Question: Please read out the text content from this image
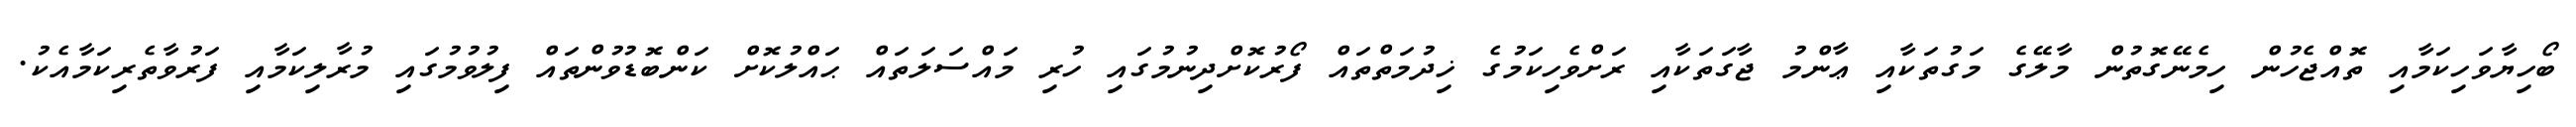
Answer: ބޯހިޔާވަހިކަމާއި ތޮއްޖެހުން ހިމެނޭގޮތުން މާލޭގެ މަގުތަކާއި ޢާންމު ޖާގަތަކާއި ރަށްވެހިކަމުގެ ޚިދުމަތްތައް ފޯރުކޮށްދިނުމުގައި ހުރި މައްސަލަތައް ޙައްލުކޮށް ކަންބޮޑުވުންތައް ފިލުވުމުގައި މުރާލިކަމާއި ފަރުވާތެރިކަމާއެކު.